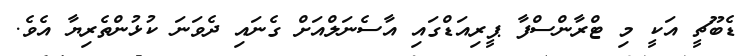
ޑެބޫޗީ އަކީ މި ޓްރާންސްފާ ޕީރިއަޑްގައި އާސެނަލްއަށް ގެނައި ދެވަނަ ކުޅުންތެރިޔާ އެވެ.